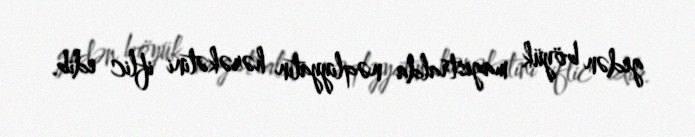
gedən böyük magistralda nəqliyyatın hərəkətini iflic edib.